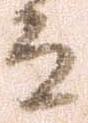
而